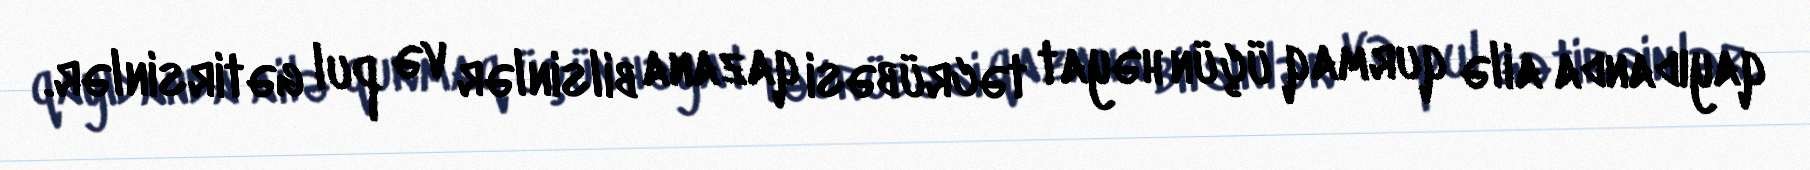
qayıdanda ailə qurmaq üçün həyat təcrübəsi qazana bilsinlər və pul gətirsinlər.